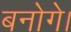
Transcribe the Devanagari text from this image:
बनोगे।